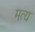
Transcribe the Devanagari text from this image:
मत्य